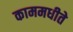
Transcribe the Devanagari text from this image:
काममधीते